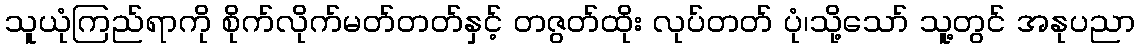
သူယုံကြည်ရာကို စိုက်လိုက်မတ်တတ်နှင့် တဇွတ်ထိုး လုပ်တတ် ပုံ၊သို့သော် သူ့တွင် အနုပညာ